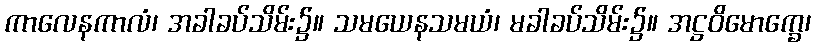
ကာလေနကာလံ၊ အခါခပ်သိမ်း၌။ သမယေနသမယံ၊ မခါခပ်သိမ်း၌။ အဋ္ဌဝိမောက္ခေ၊